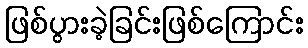
ဖြစ်ပွားခဲ့ခြင်းဖြစ်ကြောင်း